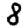
Digit: 8